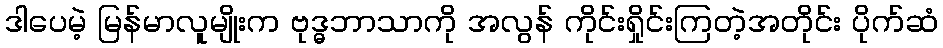
ဒါပေမဲ့ မြန်မာလူမျိုးက ဗုဒ္ဓဘာသာကို အလွန် ကိုင်းရှိုင်းကြတဲ့အတိုင်း ပိုက်ဆံ